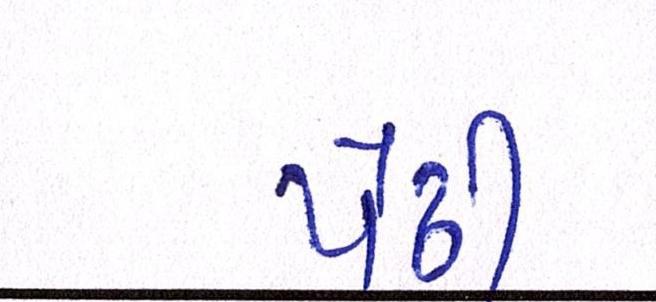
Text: પેઢી